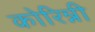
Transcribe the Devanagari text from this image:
कोरिन्नी